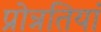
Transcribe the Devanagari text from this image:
प्रोन्नतियां